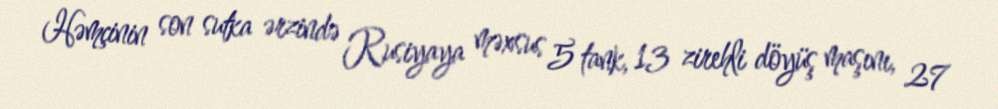
Həmçinin son sutka ərzində Rusiyaya məxsus 5 tank, 13 zirehli döyüş maşını, 27